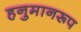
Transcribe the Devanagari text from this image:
हनुमानरूप